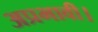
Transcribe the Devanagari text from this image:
अप्रभावी।